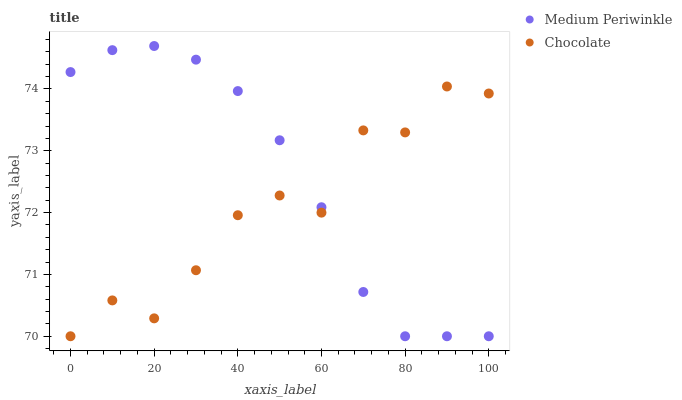
| xaxis_label | Medium Periwinkle | Chocolate |
 | --- | --- | --- |
 | 0 | 74.3 | 70 |
 | 10 | 74.6 | 70.6 |
 | 20 | 74.7 | 70.3 |
 | 30 | 74.5 | 71.1 |
 | 40 | 74 | 72 |
 | 50 | 73.2 | 72.3 |
 | 60 | 72.1 | 72 |
 | 70 | 70.7 | 73.3 |
 | 80 | 70 | 73.3 |
 | 90 | 70 | 74 |
 | 100 | 70 | 73.9 |